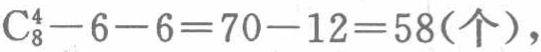
$\mathrm{C}_{8}^{4}-6 - 6=70 - 12=58(\text{个})$